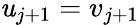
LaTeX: \mathit{u}_{j+1}=v_{j+1}